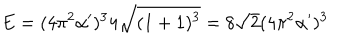
E = ( 4 \pi ^ { 2 } \alpha ^ { \prime } ) ^ { 3 } 4 \sqrt { ( 1 + 1 ) ^ { 3 } } = 8 \sqrt { 2 } ( 4 \pi ^ { 2 } \alpha ^ { \prime } ) ^ { 3 }